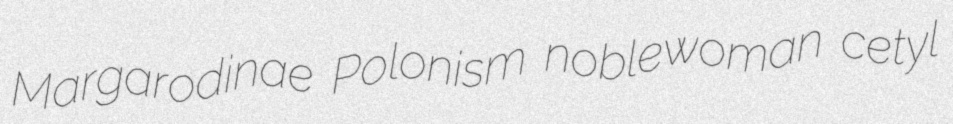
Margarodinae Polonism noblewoman cetyl